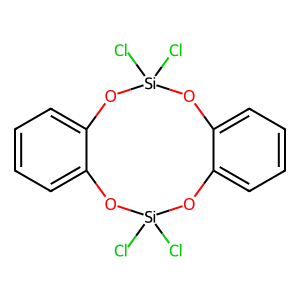
SMILES: Cl[Si]1(Cl)Oc2ccccc2O[Si](Cl)(Cl)Oc2ccccc2O1
Inhibits HIV replication: No